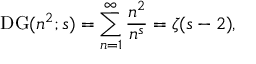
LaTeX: \operatorname { D G } ( n ^ { 2 } ; s ) = \sum _ { n = 1 } ^ { \infty } { \frac { n ^ { 2 } } { n ^ { s } } } = \zeta ( s - 2 ) ,